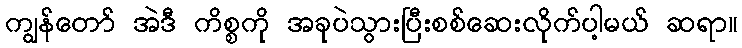
ကျွန်တော် အဲဒီ ကိစ္စကို အခုပဲသွားပြီးစစ်ဆေးလိုက်ပါ့မယ် ဆရာ။